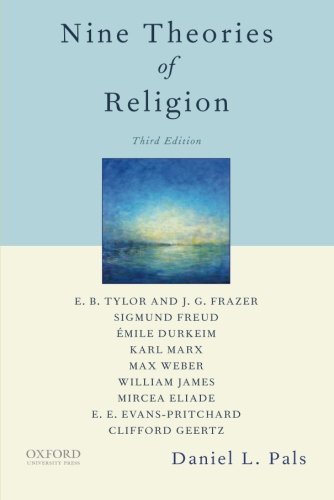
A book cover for Nine Theories of Religion; Daniel Pals; Religion & Spirituality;